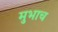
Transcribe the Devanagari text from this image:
मुभाच